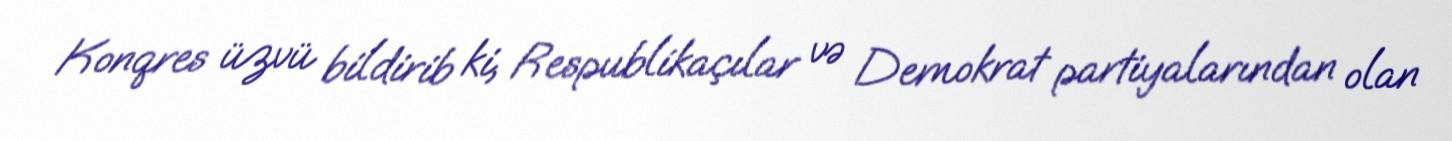
Konqres üzvü bildirib ki, Respublikaçılar və Demokrat partiyalarından olan